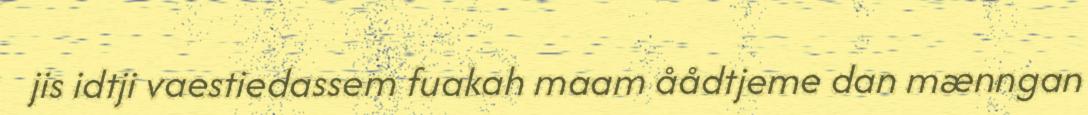
jis idtji vaestiedassem fuakah maam åådtjeme dan mænngan